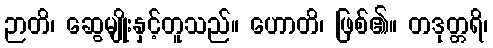
ဉာတိ၊ ဆွေမျိုးနှင့်တူသည်။ ဟောတိ၊ ဖြစ်၏။ တဒုတ္တရိ၊